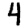
Digit: 4